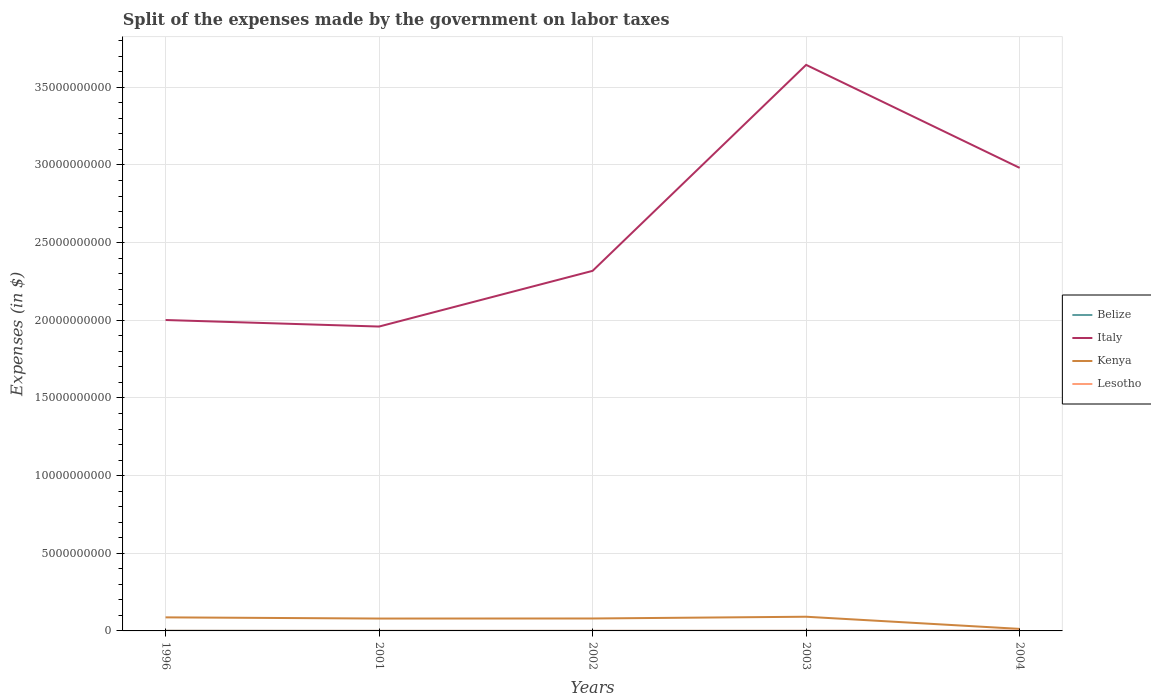
| Years | Belize | Italy | Kenya | Lesotho |
 | --- | --- | --- | --- | --- |
 | 1996 | 9.9e+06 | 2e+10 | 8.73e+08 | 7.2e+06 |
 | 2001 | 2.76e+06 | 1.96e+10 | 7.97e+08 | 5.3e+06 |
 | 2002 | 2.53e+06 | 2.32e+10 | 8.01e+08 | 6.4e+06 |
 | 2003 | 6.14e+06 | 3.64e+10 | 9.14e+08 | 1.05e+07 |
 | 2004 | 4.54e+06 | 2.98e+10 | 1.31e+08 | 1.78e+07 |